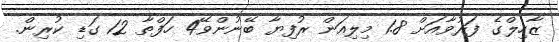
ޒާހިލްގެ ފަރުވާއަށް 1.8 މިލިއަން ރުފިޔާ ބޭނުންވޭ4 ހަފްތާ 12 ގަޑި ކުރިން.